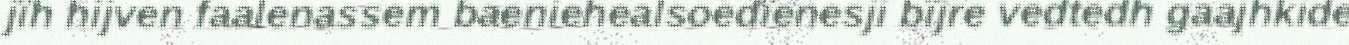
jïh hijven faalenassem baeniehealsoedïenesji bïjre vedtedh gaajhkide